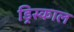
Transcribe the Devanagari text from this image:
ड्रिस्काल